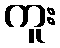
ကူး